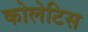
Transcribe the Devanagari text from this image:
कोलेटिस